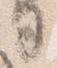
司